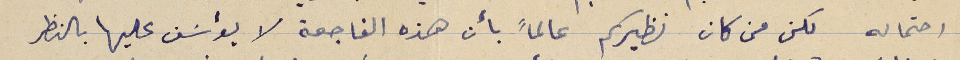
احتماله لكن من كان نظيركم عالماً بأن هذه الفاجعة لا يؤسَف عليها بالنظر